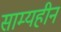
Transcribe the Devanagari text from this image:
साम्यहीन